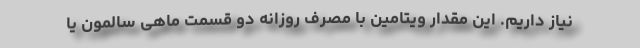
نیاز داریم. این مقدار ویتامین با مصرف روزانه دو قسمت ماهی سالمون یا